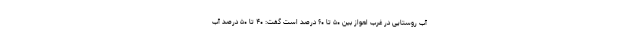
آب روستایی در غرب اهواز بین ۵۰ تا ۶۰ درصد است گفت: ۴۰ تا ۵۰ درصد آب